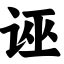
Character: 诬